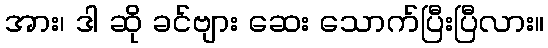
အား၊ ဒါ ဆို ခင်ဗျား ဆေး သောက်ပြီးပြီလား။